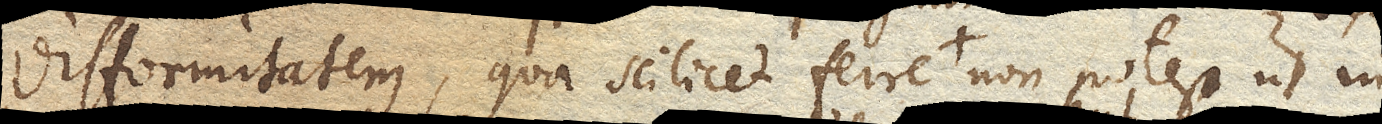
difformitatem, qua scilicet ferre nisi per vim, non potest ut in